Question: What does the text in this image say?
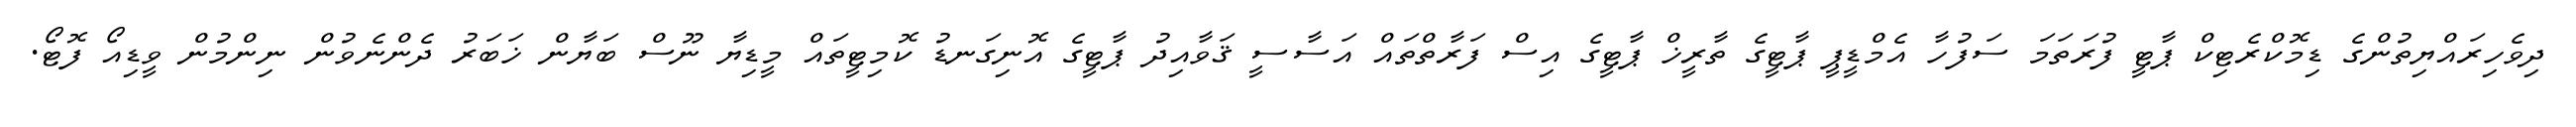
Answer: ދިވެހިރައްޔިތުންގެ ޑިމޮކްރެޓިކް ޕާޓީ ފުރަތަމަ ސަފުހާ އެމްޑީޕީ ޕާޓީގެ ތާރީޚް ޕާޓީގެ އިސް ފަރާތްތައް އަސާސީ ޤަވާއިދު ޕާޓީގެ އޮނިގަނޑު ކޮމިޓީތައް މީޑިޔާ ނޫސް ބަޔާން ޚަބަރު ދެންނެވުން ނިންމުން ވީޑިއޯ ފޮޓޯ.